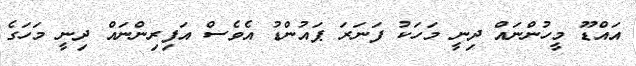
އައްޑޫ މީހުންނައް ދިނީ މަހަކު ފަނަރަ ޕައުންޑު އެވެސް އަފިރިންނައް ދިނީ މަހަގެ